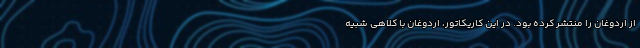
از اردوغان را منتشر کرده بود. در این کاریکاتور، اردوغان با کلاهی شبیه